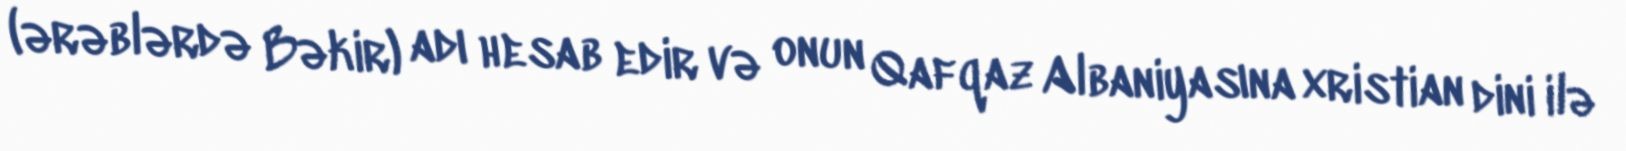
(ərəblərdə Bəkir) adı hesab edir və onun Qafqaz Albaniyasına xristian dini ilə